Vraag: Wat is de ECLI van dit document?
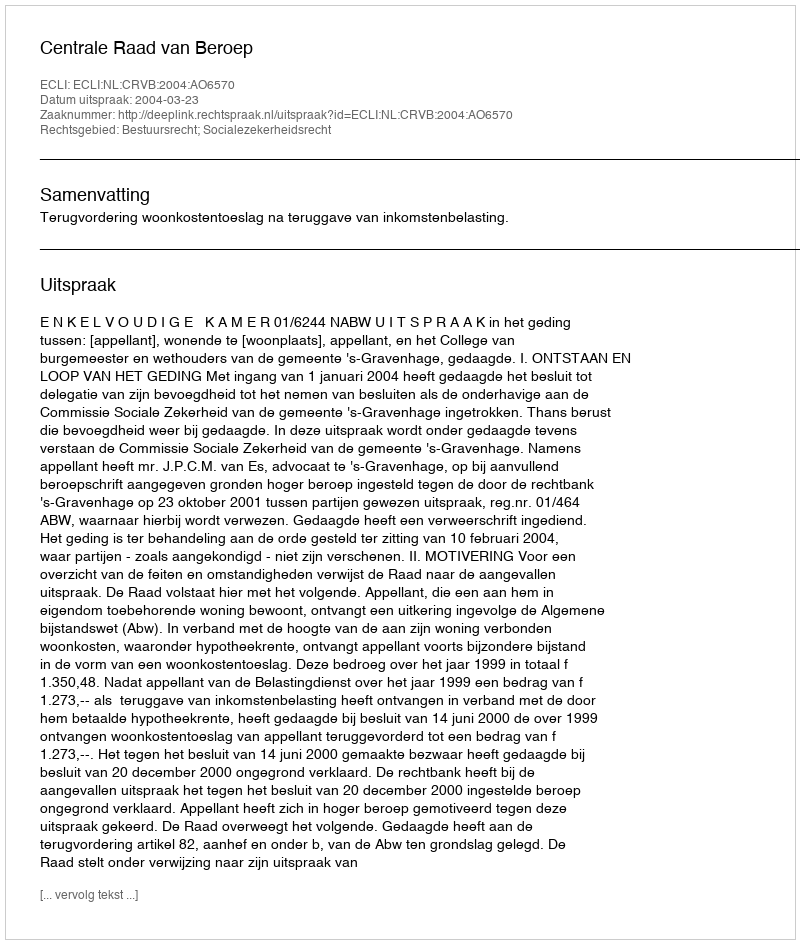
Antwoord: ECLI:NL:CRVB:2004:AO6570